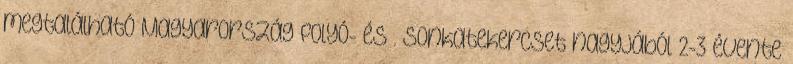
megtalálható Magyarország folyó- és . Sonkatekercset nagyjából 2-3 évente